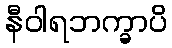
နီဝါရဘက္ခာပိ